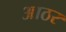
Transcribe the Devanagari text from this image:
आठर